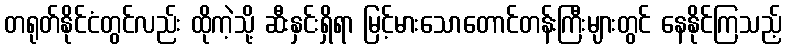
တရုတ်နိုင်ငံတွင်လည်း ထိုကဲ့သို့ ဆီးနှင်းရှိရာ မြင့်မားသောတောင်တန်းကြီးများတွင် နေနိုင်ကြသည့်